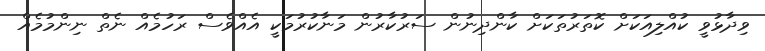
ވިދާޅުވީ ކުއްލިއަކަށް ކޮތަރުތަކަށް ކާންދިނުން ސަރުކާރުން މަނާކުރުމަކީ އެއްވެސް ރަހުމެއް ނެތް ނިންމުމެއް